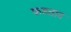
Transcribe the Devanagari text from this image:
फडताड